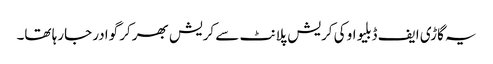
یہ گاڑی ایف ڈبلیو او کی کریش پلانٹ سے کریش بھرکر گوادر جارہا تھا۔